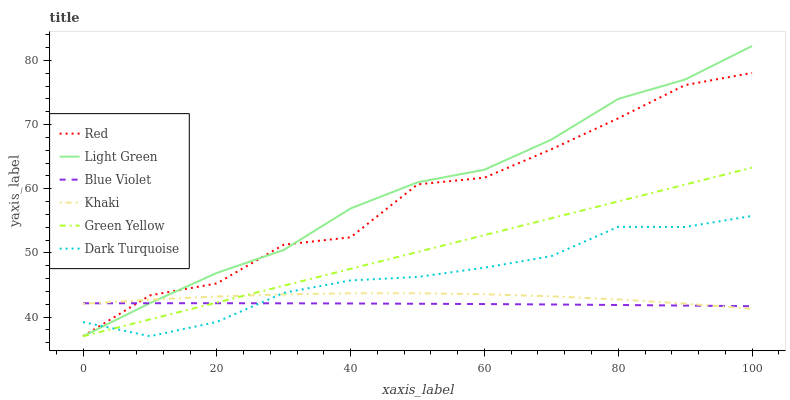
| xaxis_label | Red | Light Green | Blue Violet | Khaki | Green Yellow | Dark Turquoise |
 | --- | --- | --- | --- | --- | --- | --- |
 | 0 | 37 | 37 | 42.1 | 42.1 | 37 | 39.2 |
 | 10 | 43.4 | 42.2 | 42.2 | 42.7 | 39.6 | 37 |
 | 20 | 45.2 | 46.9 | 42.2 | 43.2 | 42.3 | 39.2 |
 | 30 | 51.3 | 50.5 | 42.1 | 43.5 | 44.9 | 43.8 |
 | 40 | 52.4 | 56.9 | 42.1 | 43.7 | 47.5 | 45.7 |
 | 50 | 60.7 | 61 | 42.1 | 43.7 | 50.1 | 46.2 |
 | 60 | 61.7 | 63 | 42 | 43.5 | 52.8 | 47.7 |
 | 70 | 66.2 | 67.7 | 42 | 43.2 | 55.4 | 49.5 |
 | 80 | 71 | 74 | 41.9 | 42.7 | 58 | 54.1 |
 | 90 | 76.2 | 77 | 41.8 | 42.1 | 60.7 | 54 |
 | 100 | 78.1 | 82.3 | 41.7 | 41.3 | 63.3 | 55.8 |